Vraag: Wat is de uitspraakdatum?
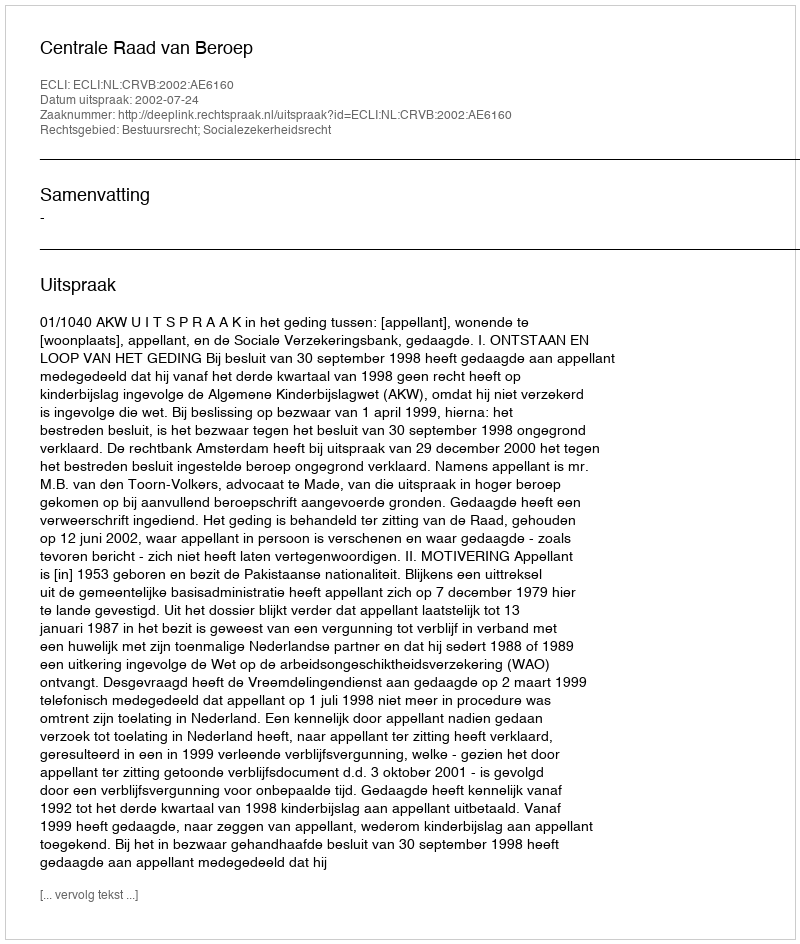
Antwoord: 2002-07-24